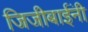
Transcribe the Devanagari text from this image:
जिजीबाईंनी